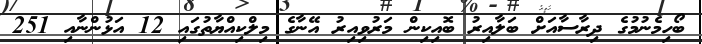
ބޯހިމެނުމުގެ ދިރާސާއަށް ބަލާއިރު ބޮއިކިން މަރުވިއިރު އޭނާގެ މިލްކިއްޔާތުގައި 12 އަޅުންނާއި 251